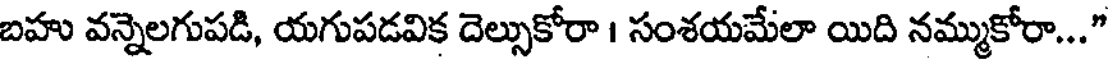
బహు వన్నెలగుపడి, యగుపడవిక దెల్సుకోరా । సంశయమేలా యిది నమ్ముకోరా..."